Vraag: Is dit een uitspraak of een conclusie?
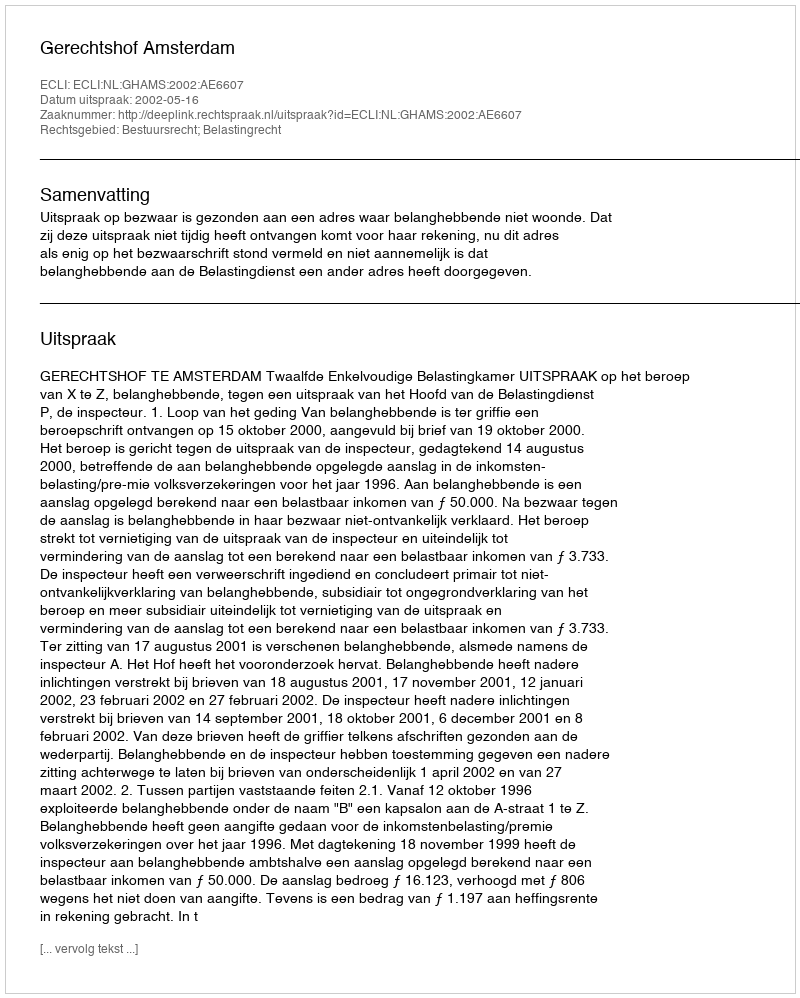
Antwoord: Uitspraak